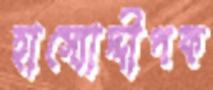
হাস্যোদ্দীপক